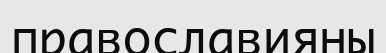
православияны